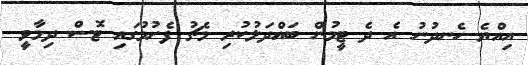
އިއްޔެ ހެނދުނު އެ ދެ ޓީމުން ބައްދަލުކުރި މެޗު ފެށުމުގައި ޓޮސް ދިމާވީ